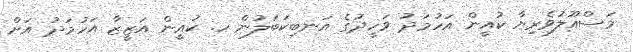
މަސްއޫލުވެރިޔާ ކުއީން އަހުމަދު ވަހީދުގެ އަނބިކަބަލުން ހ. ކުއީން އަޒީޒާ އަހުމަދު އަށް